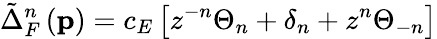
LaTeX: \tilde{\Delta}_{F}^{n}\left(\mathbf{p}\right)=c_{E}\left[z^{-n}\Theta_{n}+\delta_{n}+z^{n}\Theta_{-n}\right]